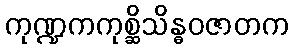
ကုဏ္ဍကကုစ္ဆိသိန္ဓဝဇာတက